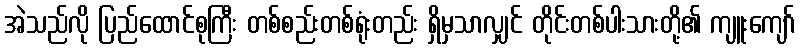
အဲသည်လို ပြည်ထောင်စုကြီး တစ်စည်းတစ်ရုံးတည်း ရှိမှသာလျှင် တိုင်းတစ်ပါးသားတို့၏ ကျူးကျော်